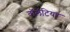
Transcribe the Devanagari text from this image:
वॉलेंटियर